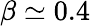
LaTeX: \beta\simeq 0.4